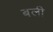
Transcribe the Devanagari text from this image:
बली